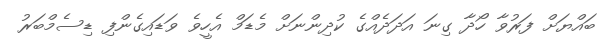
ބައްޔަށް ފަރުވާ ހޯދާ ގިނަ އަދަދެއްގެ ކުދިންނަށް މެޑަމް އެހީވެ ވަޑައިގެންފި ޑިސެމްބަރު